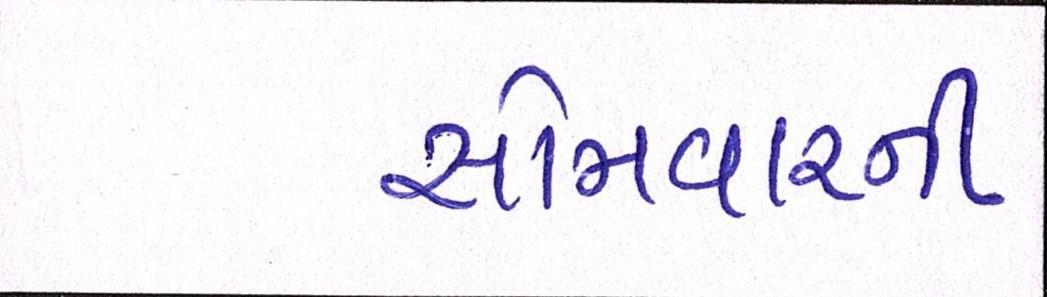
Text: સોમવારની